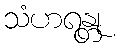
သံဟရန္တု